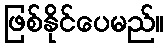
ဖြစ်နိုင်ပေမည်။